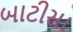
બાટીસા